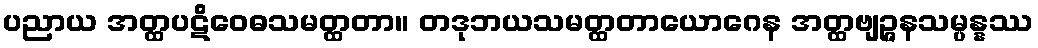
ပညာယ အတ္ထပဋိဝေဓသမတ္ထတာ။ တဒုဘယသမတ္ထတာယောဂေန အတ္ထဗျဉ္ဇနသမ္ပန္နဿ